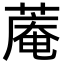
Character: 蓭